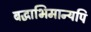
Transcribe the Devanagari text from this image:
बद्धाभिमान्यपि